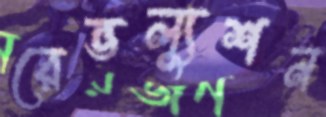
রেভল্যুশন